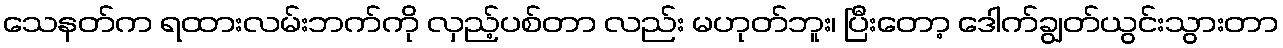
သေနတ်က ရထားလမ်းဘက်ကို လှည့်ပစ်တာ လည်း မဟုတ်ဘူး၊ ပြီးတော့ ဒေါက်ချွတ်ယွင်းသွားတာ